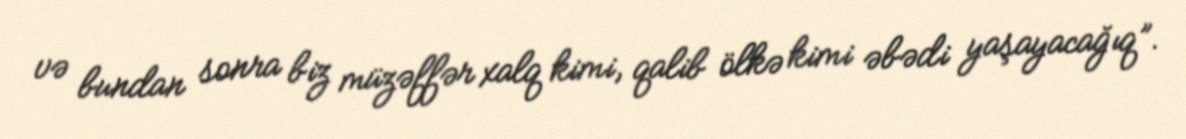
və bundan sonra biz müzəffər xalq kimi, qalib ölkə kimi əbədi yaşayacağıq”.